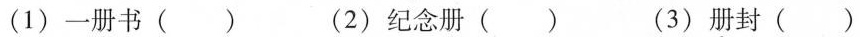
(1)一册书() (2)纪念册() (3)册封()